Vaccination United Provinces of Agra and Oudh 1923-1928 - 1923-1928
Year: 1923
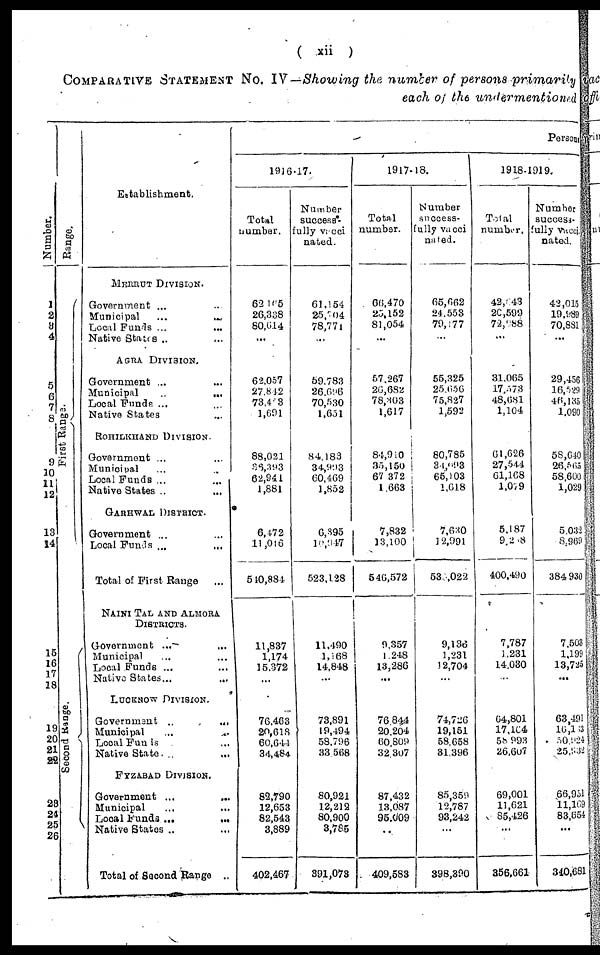
( xii )
COMPARATIVE STATEMENT
NO.IV—Showing the number of persons primarily
each of the undermentioned
Number.
1
2
3
4
5
6
7
8
9
10
11
12
13
14
15
16
17
18
19
20
21
22
23
24
25
26
Range.
First Range.
Second Range.
Establishment.
MEERUT DIVISION.
Government ... ...
Municipal
...
...
Local Funds ... ...
Native States ... ...
AGRA DIVISION.
Government ... ...
Municipal
...
...
Local Funds ... ...
Native States ... ...
ROHILKHAND DIVISION.
Government ... ...
Municipal ... ...
Local Funds ... ...
Native States ... ...
GARHWAL DISTRICT.
Government ... ...
Local Funds ... ...
Total of First Range
NAINI TAL AND ALMORA
DISTRICTS.
Government ... ...
Municipal ... ...
Local Funds ... ...
Native States ...
...
LUCKNOW DIVISION.
Government
...
...
Municipal ... ...
Local Funds ... ...
Native State. ... ...
FYZABAD DIVISION.
Government ... ...
Municipal
... ...
Local Funds ...
...
Native States ...
Total of Second Range ...
Persons
1916-17.
Total
number.
62,165
26,338
80,614
...
62,057
27,842
73,453
1,691
88,021
36,393
62,941
1,881
6,472
11,016
540,884
11,837
1,174
15,372
...
76,463
20,618
60,644
34,484
82,790
12,653
82,543
3,889
402,467
Number
success*¬
fully vacci¬
nated.
61,154
25,704
78,771
...
59,783
26,696
70,530
1,651
84,183
34,993
60,469
1,852
6,395
10,947
523,128
11,490
1,168
14,848
...
73,891
19,494
58,796
33,568
80,921
12,219
80,900
3,785
391,073
1917-18.
Total
number.
66,470
25,152
81,054
...
57,267
26,682
78,303
1,617
84,910
35,150
67,372
1,663
7,832
13,100
546,572
9,357
1,248
13,286
...
76,844
20,204
60,809
32,307
87,432
13,087
95,009
...
409,583
Number
success-
fully vacci¬
nated.
65,662
24,553
79,177
...
55,325
25,656
75,827
1,592
80,785
34,093
65,103
1,618
7,630
12,991
530,022
9,136
1,231
12,704
...
74,726
19,151
58,658
31,396
85,359
12,787
93,242
...
398,390
1918-1919.
Total
number.
42,043
20,599
72,988
...
31,065
17,573
48,681
1,104
61,626
27,544
61,168
1,079
5,187
9,268
400,490
7,787
1,231
14,030
...
64,801
17,164
58,993
26,607
69,001
11,621
85,426
...
356,661
Number
success¬
fully vacci¬
nated.
42,015
19,989
70,881
...
29,456
16,529
46,135
1,090
58,640
26,565
58,600
1,029
5,032
8,969
384,930
7,503
1,199
13,725
...
63,491
10,133
50,924
25,532
66,951
11,169
83,654
...
340,681